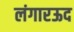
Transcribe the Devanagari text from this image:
लंगारऊद